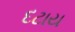
દટાય